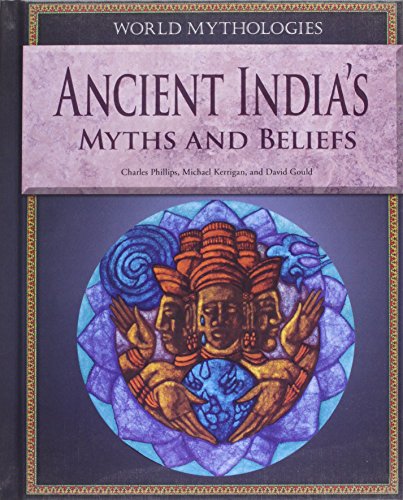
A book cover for Ancient India's Myths and Beliefs (World Mythologies (Rosen)); Charles Phillips; Teen & Young Adult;